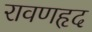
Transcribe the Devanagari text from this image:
रावणहृद